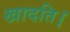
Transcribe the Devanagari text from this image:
खादति।